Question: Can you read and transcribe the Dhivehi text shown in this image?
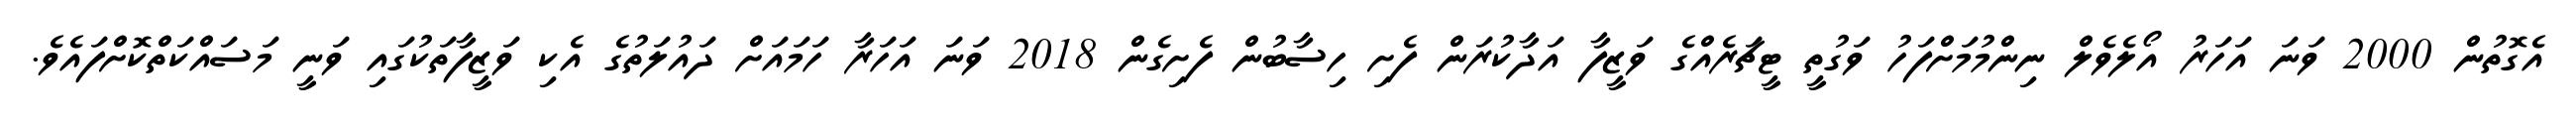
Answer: އެގޮތުން 2000 ވަނަ އަހަރު އޯލެވެލް ނިންމުމަށްފަހު ވަގުތީ ޓީޗަރެއްގެ ވަޒީފާ އަދާކުރަން ފެށި ހިސާބުން ފެށިގެން 2018 ވަނަ އަހަރާ ހަމައަށް ދައުލަތުގެ އެކި ވަޒީފާތަކުގައި ވަނީ މަސައްކަތްކޮށްފައެވެ.